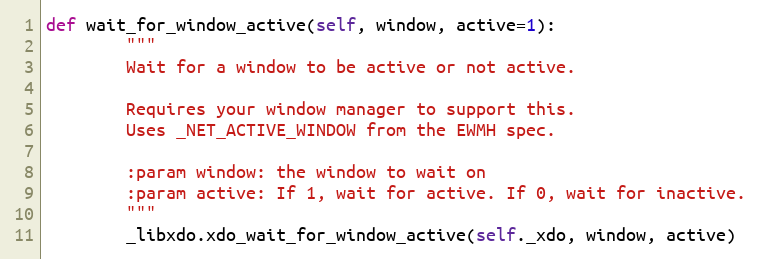
Language: Python
def wait_for_window_active(self, window, active=1):
        """
        Wait for a window to be active or not active.

        Requires your window manager to support this.
        Uses _NET_ACTIVE_WINDOW from the EWMH spec.

        :param window: the window to wait on
        :param active: If 1, wait for active. If 0, wait for inactive.
        """
        _libxdo.xdo_wait_for_window_active(self._xdo, window, active)